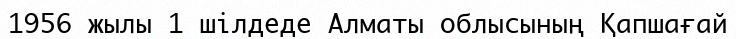
1956 жылы 1 шілдеде Алматы облысының Қапшағай